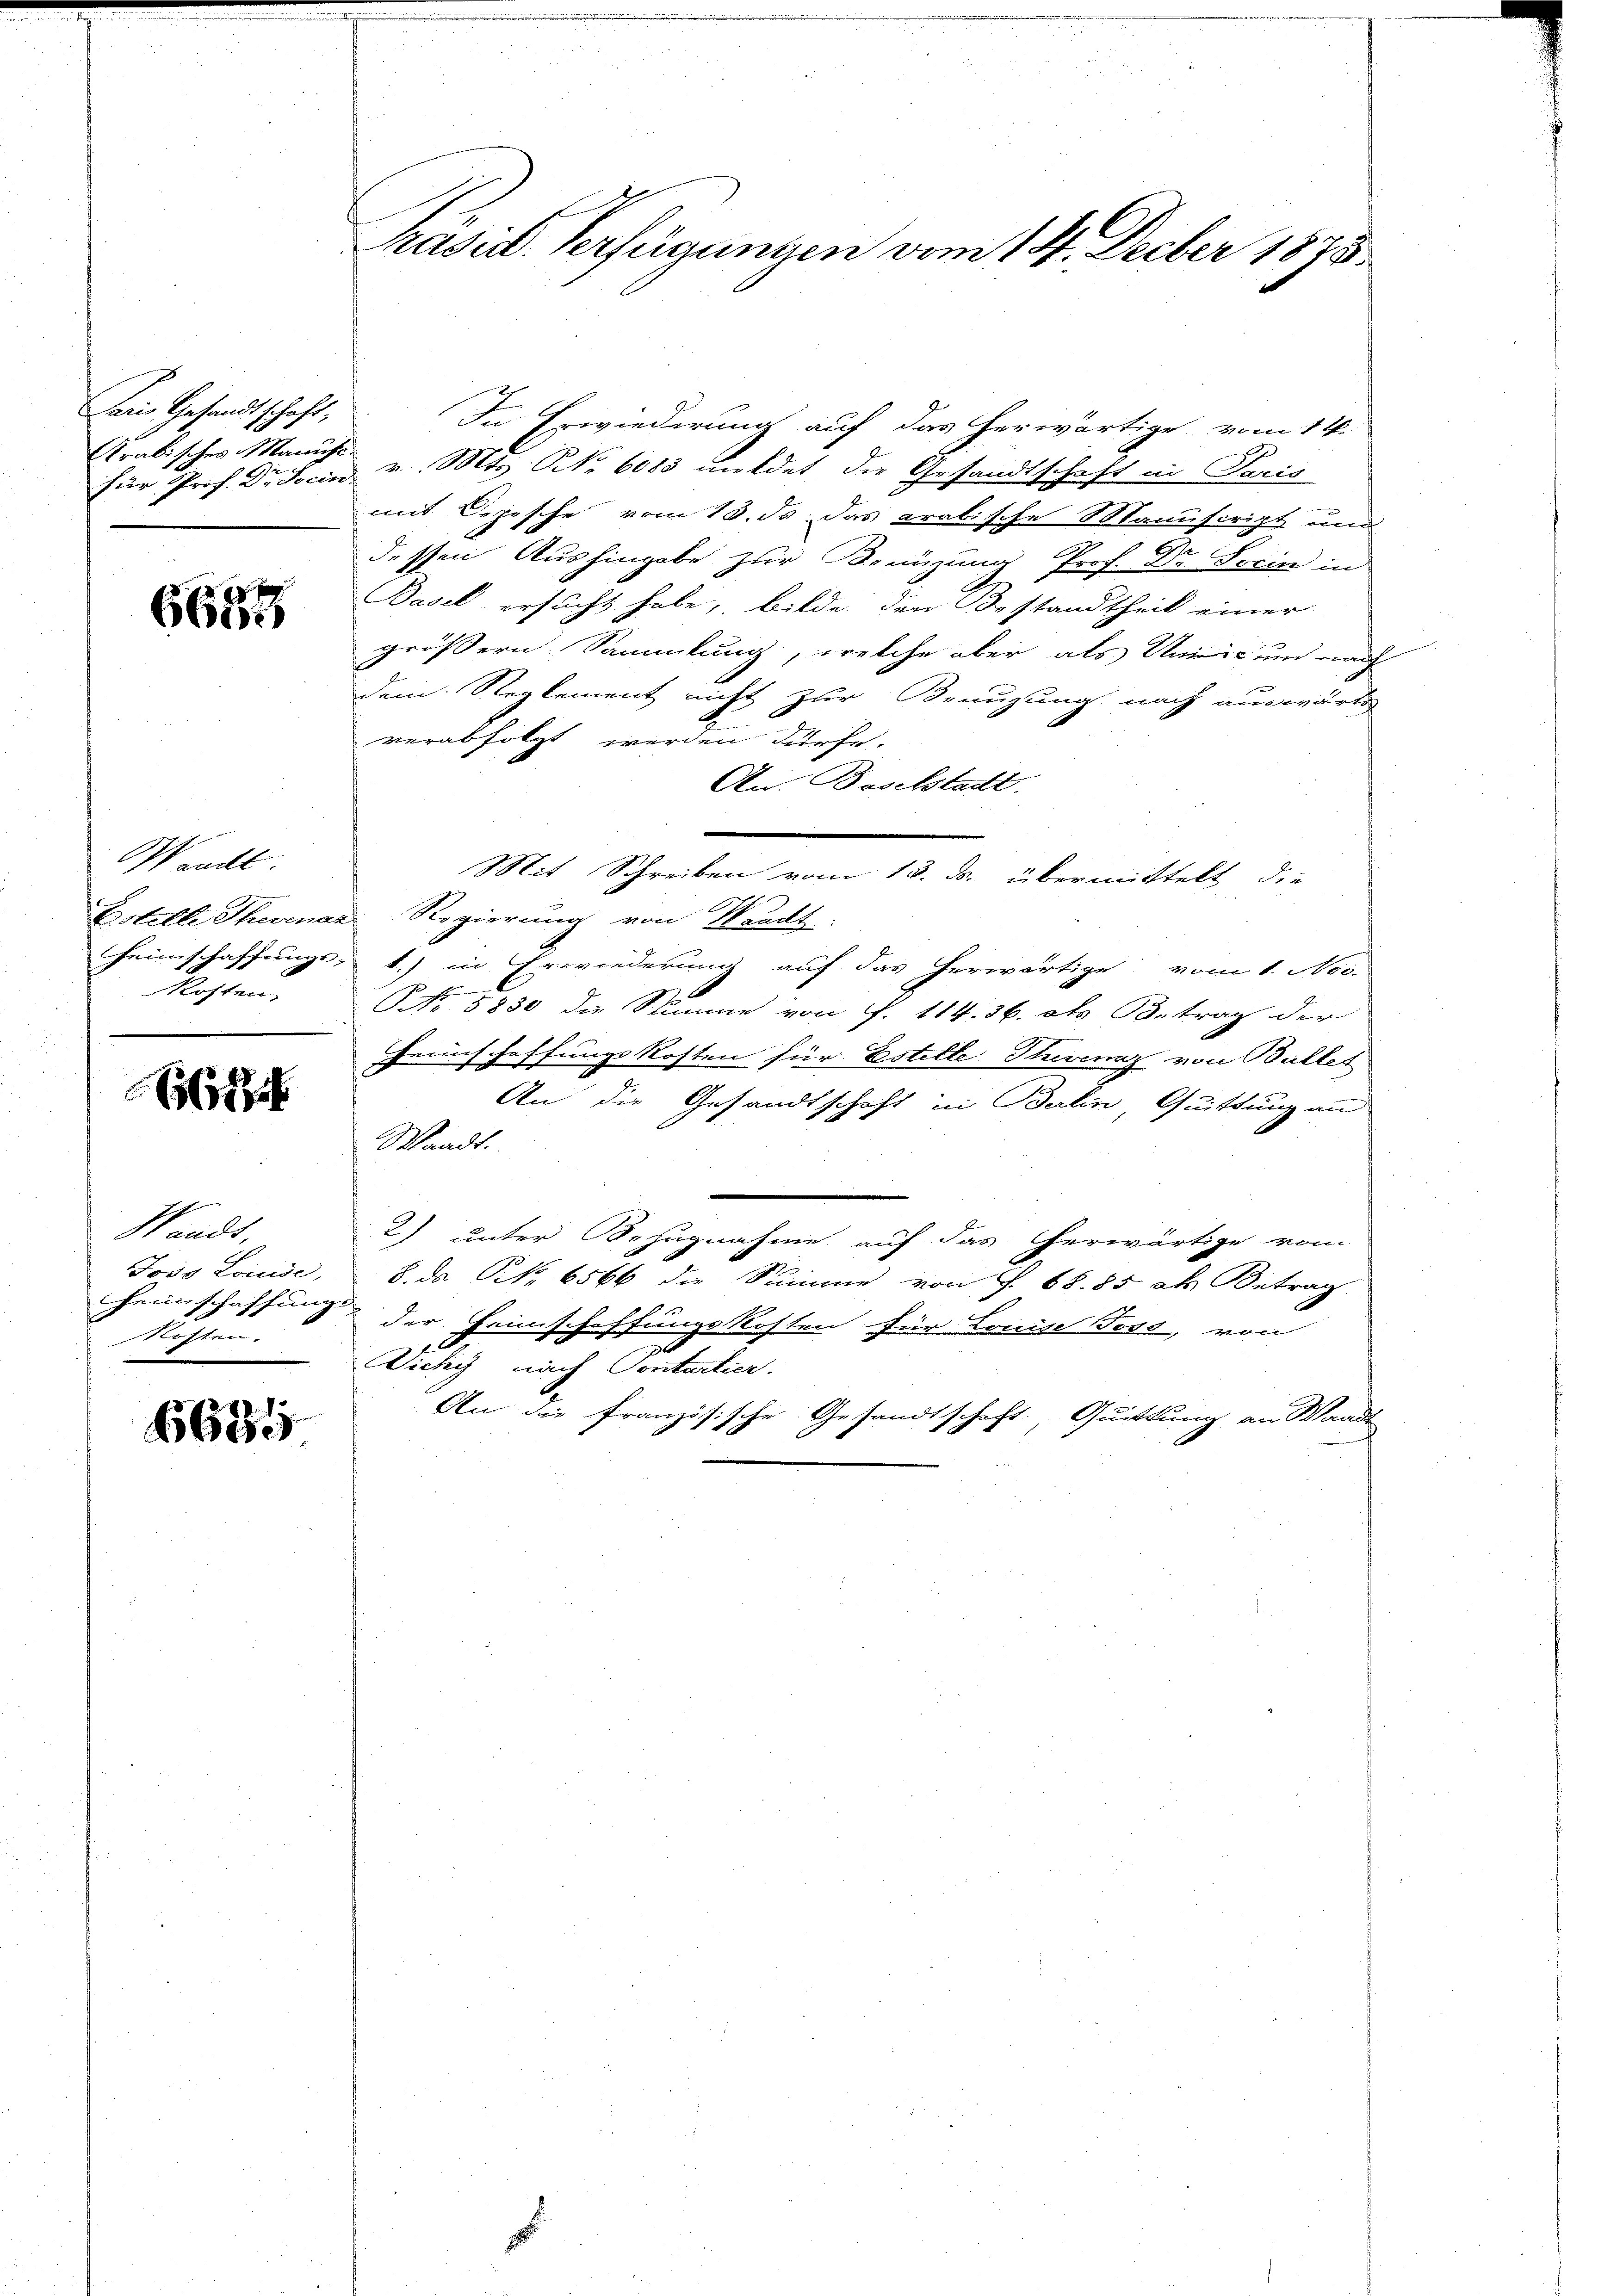
Paris Gesandtschaft,
für Prof. Dr. Socin.

6658

Waadt.
Estelle Therena
kosten.

E

Waadt.
Joso Louise,
Heimschaffung
Nohlen
.

6635

Präsid. Verfügungen vom 14. Decber 1875

In Erwiederung auf das herwärtige vom 14.
Arabisches Manus v. Mts. No 6083 meldet die Gesandtschaft in Paris
mit Depesche vom 13. ds. das arabische Manuscript und
dessen Aushingabe zur Benüzung Prof. Dr. Serin in
Basel ersucht habe, bilde, den Bestandtheil einer
größern Sammlung, welche aber als Unić und nach
dem Reglement nicht zur Benuzung nach auswärts
verabfolgt werden dürfe.
An. Baselstadt.
D. Regierung von Waadt
Heimschaffungs- 1.) in Erwiederung auf das herwärtige vom 1. Nov.
NNo. 5830 die Stimme von f. 114. 36. als Betrag der
Feinschaffungskosten für Estille-Therenz von Bullet
An die Gesandtschaft in Berlin, Quittung an
Waadt.
2) unter Bezugnahme auf das erwärtige vom
8. ds. S. 6566 die Summe von J. 68. 85 als Betrag
.
der Heimschaffungskosten für Louise Fest, von
6
Dicky nach Contartier.
An die französische Gesandtschaft, Quittung an Waadt

Mit Schreiben vom 13. ds. übermittelt, die